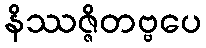
နိဿဇ္ဇိတဗ္ဗပေ